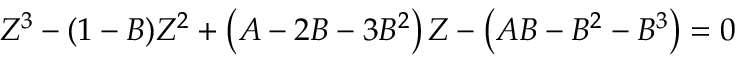
Z ^ { 3 } - ( 1 - B ) Z ^ { 2 } + \left( A - 2 B - 3 B ^ { 2 } \right) Z - \left( A B - B ^ { 2 } - B ^ { 3 } \right) = 0